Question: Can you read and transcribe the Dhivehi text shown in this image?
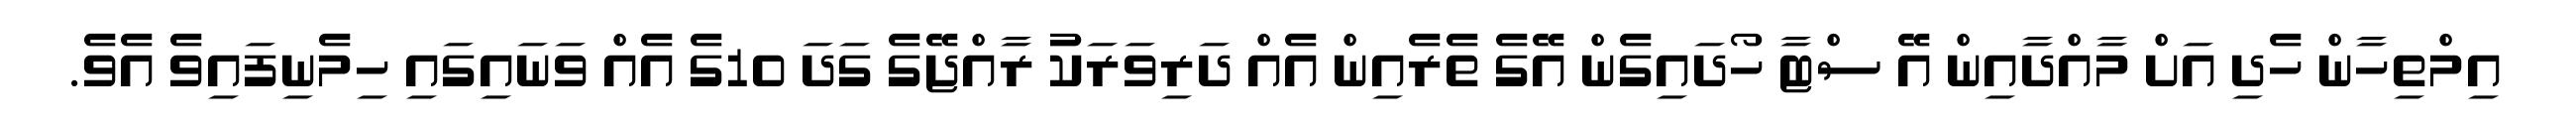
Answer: އިމްތިހާން ހެދި އަށް މާއްދާއިން އޭ ސްޓާ ހޯދައިގެން އޭގެ ތެރެއިން އެއް ދަރިވަރަކު ރާއްޖޭގެ ގަދަ 10ގެ އެއް ވަނައިގައި ހިމެނިފައިވެ އެވެ.